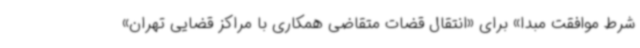
شرط موافقت مبدا» برای «انتقال قضات متقاضی همکاری با مراکز قضایی تهران»